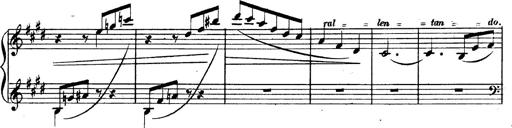
Title: 3 Caprices-Valses
Composer: Franz Liszt